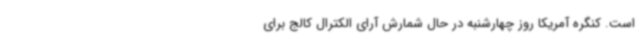
است. کنگره آمریکا روز چهارشنبه در حال شمارش آرای الکترال کالج برای